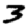
Digit: 3